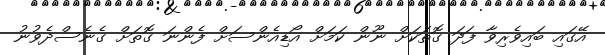
އޭގައި ބައިވެރިވާ ފަދަ ގޮތަކަށް ނޫން ކަމަށް އޯޑިއެންސަށް ފެންނަ ގޮތަށް ގެނެސްދެވުނު